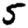
Digit: 5